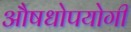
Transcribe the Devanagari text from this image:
औषधोपयोगी